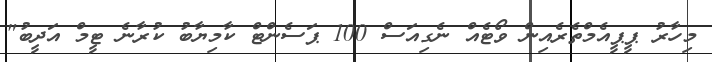
މިހާރު ޕީޕީއެމްތެރެއިން ވޯޓެއް ނެގިއަސް 100 ޕަސެންޓް ކާމިޔާބު ކުރާނެ ޓީމް އަދީބު"